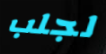
لجلب